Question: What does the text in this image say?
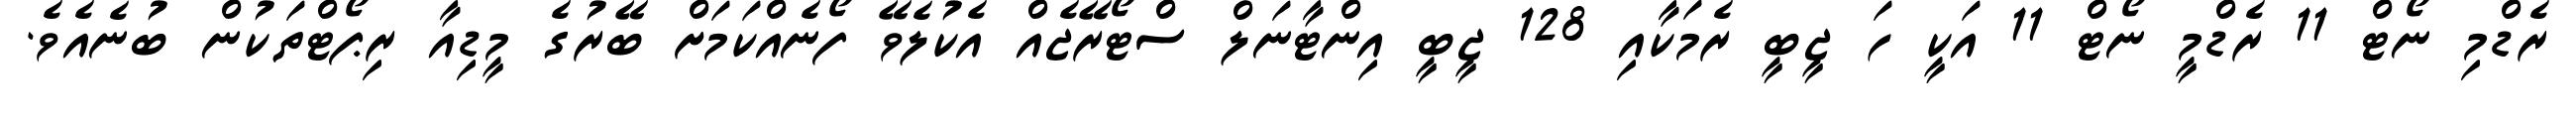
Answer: ރެޑްމި ނޯޓް 11 ރެޑްމީ ނޯޓް 11 އަކީ ހަ ޖީބީ ރެމަކާއި 128 ޖީބީ އިންޓާނަލް ސްޓޯރޭޖެއް އެކުލެވޭ ފޯނެއްކަމަށް ބޭރުގެ މީޑިއާ ރިޕޯޓްތަކުން ބުނެއެވެ.